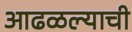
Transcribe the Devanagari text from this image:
आढळल्याची